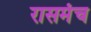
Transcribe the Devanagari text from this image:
रासमंच